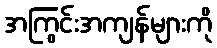
အကြွင်းအကျန်များကို